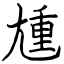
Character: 尰